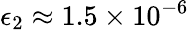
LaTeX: \epsilon_{2}\approx 1.5\times 10^{-6}